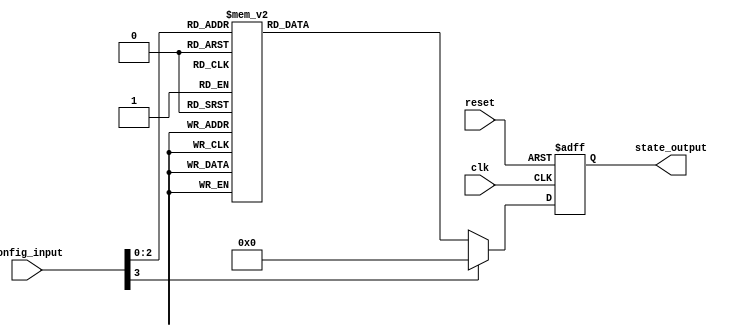
module ConfigurableInitialConditions (
    input wire [3:0] config_input,   // Configuration inputs (4-bit wide for example)
    input wire clk,                   // Clock input
    input wire reset,                 // Reset input
    output reg [7:0] state_output     // State output (8-bit wide for example)
);

    // Internal state register
    reg [7:0] internal_state;

    // Initialization Logic
    always @(posedge clk or posedge reset) begin
        if (reset) begin
            // Reset behavior: set internal state to a known value
            internal_state <= 8'b00000000; // Example reset value
        end else begin
            // Conditional Initialization based on configuration input
            case (config_input)
                4'b0000: internal_state <= 8'b00000001; // Example condition 1
                4'b0001: internal_state <= 8'b00000010; // Example condition 2
                4'b0010: internal_state <= 8'b00000100; // Example condition 3
                4'b0011: internal_state <= 8'b00001000; // Example condition 4
                4'b0100: internal_state <= 8'b00010000; // Example condition 5
                4'b0101: internal_state <= 8'b00100000; // Example condition 6
                4'b0110: internal_state <= 8'b01000000; // Example condition 7
                4'b0111: internal_state <= 8'b10000000; // Example condition 8
                default: internal_state <= 8'b00000000; // Default case
            endcase
        end
    end

    // Update output state
    always @(*) begin
        state_output = internal_state; // Reflect internal state to output
    end

endmodule